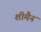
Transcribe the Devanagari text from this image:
शीमैन